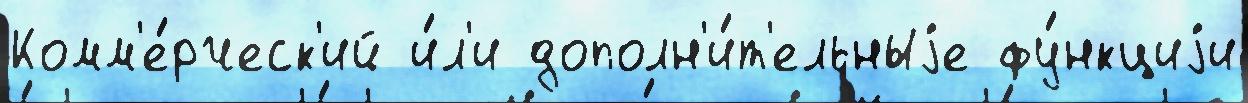
Комм'е́рческ'ий и́л'и дополн'и́т'ельныjе фу́нкциjи